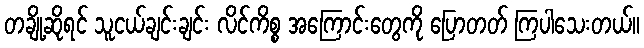
တချို့ဆိုရင် သူငယ်ချင်းချင်း လိင်ကိစ္စ အကြောင်းတွေကို ပြောတတ် ကြပါသေးတယ်။